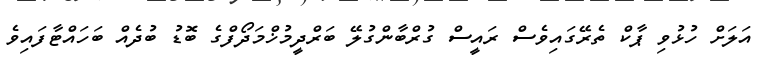
އަލަށް ހުޅުވި ޕާކް ތެރޭގައިވެސް ރައީސް ގުރްބާންގުލޭ ބަރްދީމުޚްމަދޯފްގެ ބޮޑު ބުދެއް ބަހައްޓާފައިވެ